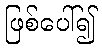
ဖြစ်ပေါ်၍